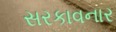
સરકાવનાર